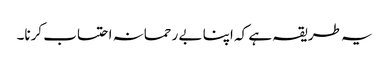
یہ طریقہ ہے کہ اپنا بے رحمانہ احتساب کرنا۔